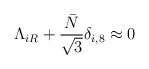
\begin{align*}\Lambda_{iR}+\frac{\bar N}{\sqrt 3}\delta_{i,8}\approx 0\end{align*}